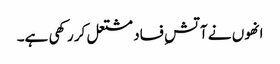
انھوں نے آتشِ فساد مشتعل کر رکھی ہے۔